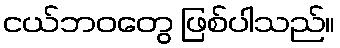
ငယ်ဘဝတွေ ဖြစ်ပါသည်။